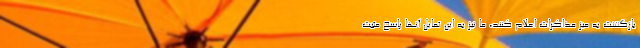
بازگشت به میز مذاکرات اعلام کنند، ما نیز به این تمایل آنها پاسخ مثبت